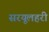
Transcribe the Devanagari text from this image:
सरयूलहरी